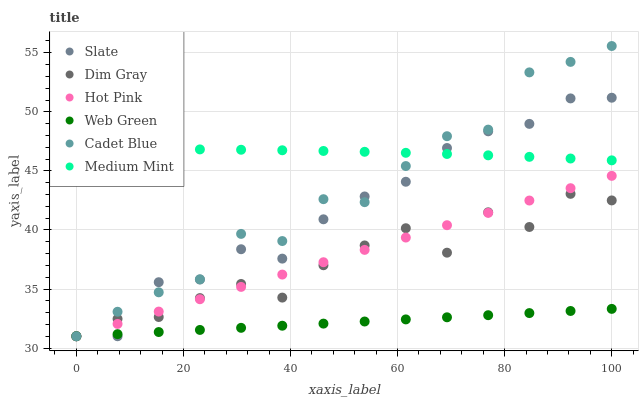
| xaxis_label | Slate | Dim Gray | Hot Pink | Web Green | Cadet Blue | Medium Mint |
 | --- | --- | --- | --- | --- | --- | --- |
 | 0 | 31 | 31 | 31 | 31 | 31 | 46.8 |
 | 7.69 | 31 | 32.5 | 32 | 31.2 | 33.1 | 46.8 |
 | 15.4 | 35.6 | 32.6 | 33.1 | 31.4 | 34.7 | 46.8 |
 | 23.1 | 35.8 | 34.2 | 34.1 | 31.5 | 35.8 | 46.8 |
 | 30.8 | 38.4 | 35.4 | 35.2 | 31.7 | 39.7 | 46.8 |
 | 38.5 | 37.6 | 34.3 | 36.2 | 31.9 | 39.1 | 46.7 |
 | 46.2 | 40.9 | 37 | 37.3 | 32.1 | 42.6 | 46.7 |
 | 53.8 | 42.8 | 38.7 | 38.3 | 32.2 | 42.4 | 46.6 |
 | 61.5 | 44.1 | 40.1 | 39.4 | 32.4 | 45.4 | 46.5 |
 | 69.2 | 46.9 | 38.1 | 40.4 | 32.6 | 47.9 | 46.4 |
 | 76.9 | 48.4 | 41.5 | 41.4 | 32.8 | 48.5 | 46.3 |
 | 84.6 | 49 | 40.3 | 42.5 | 33 | 53.3 | 46.2 |
 | 92.3 | 51.1 | 43.1 | 43.5 | 33.1 | 54.2 | 46 |
 | 100 | 51.2 | 42.5 | 44.6 | 33.3 | 55.6 | 45.9 |